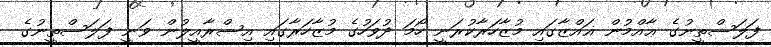
ފަލަސްތީނުގެ ޢާއްމުން ޣައްޒާގައި މުޒާހަރާކުރަނީ ހޯމަ ދުވަހުގެ މުޒާހަރާގައި އިސްރާއީލުން ވަނީ ފަލަސްތީނުގެ